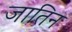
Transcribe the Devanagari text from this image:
जातिन